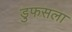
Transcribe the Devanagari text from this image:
डुफसला